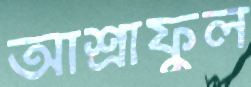
আশ্রাফুল